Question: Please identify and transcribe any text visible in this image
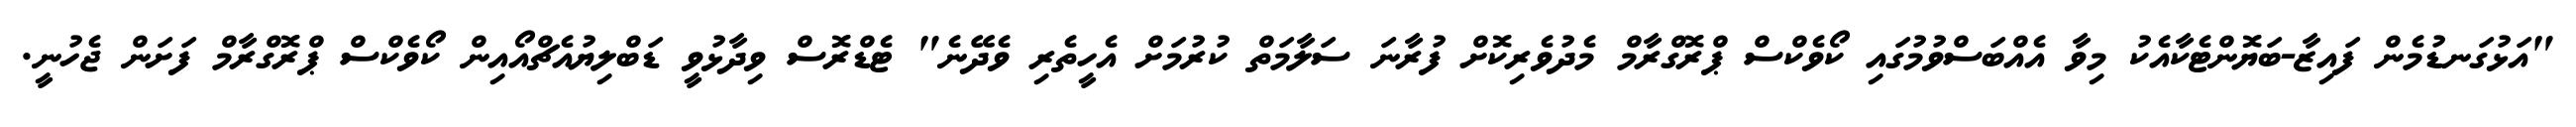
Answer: "އަޅުގަނޑުމެން ފައިޒާ-ބަޔޮންޓެކާއެކު މިވާ އެއްބަސްވުމުގައި ކޯވެކްސް ޕްރޮގްރާމް މެދުވެރިކޮށް ފުރާނަ ސަލާމަތް ކުރުމަށް އެހީތެރި ވެދޭނެ" ޓެޑްރޮސް ވިދާޅުވީ ޑަބްލިޔުއެޗްއޯއިން ކޯވެކްސް ޕްރޮގްރާމް ފަށަން ޖެހުނީ.